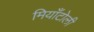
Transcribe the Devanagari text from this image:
मियाँटोली